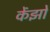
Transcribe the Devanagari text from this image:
केंझो